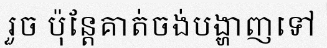
រួច ប៉ុន្តែគាត់ចង់បង្ហាញទៅ